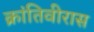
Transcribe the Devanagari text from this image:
क्रांतिवीरास